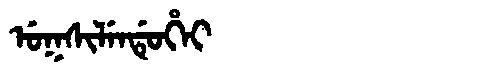
Manchu: ᡠᡴᠰᡳᠯᡝᠨᡩᡠᡥᡝᡳ
Romanization: UKSILENDUHEI